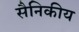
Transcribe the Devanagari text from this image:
सैनिकीय